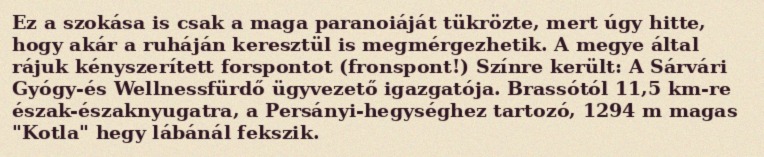
Ez a szokása is csak a maga paranoiáját tükrözte, mert úgy hitte, hogy akár a ruháján keresztül is megmérgezhetik. A megye által rájuk kényszerített forspontot (fronspont!) Színre került: A Sárvári Gyógy-és Wellnessfürdő ügyvezető igazgatója. Brassótól 11,5 km-re észak-északnyugatra, a Persányi-hegységhez tartozó, 1294 m magas "Kotla" hegy lábánál fekszik.